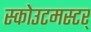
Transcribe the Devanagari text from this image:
स्कोउटमस्टर्